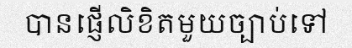
បានផ្ញើលិខិតមួយច្បាប់ទៅ